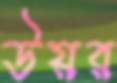
উয়র